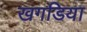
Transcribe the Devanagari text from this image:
खगडिया